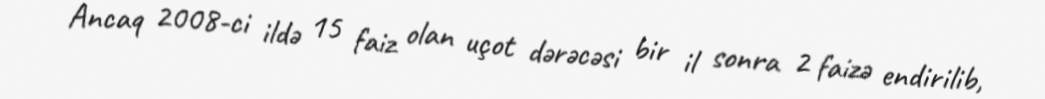
Ancaq 2008-ci ildə 15 faiz olan uçot dərəcəsi bir il sonra 2 faizə endirilib,